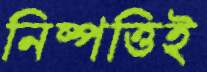
নিষ্পত্তিই